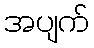
အပျက်